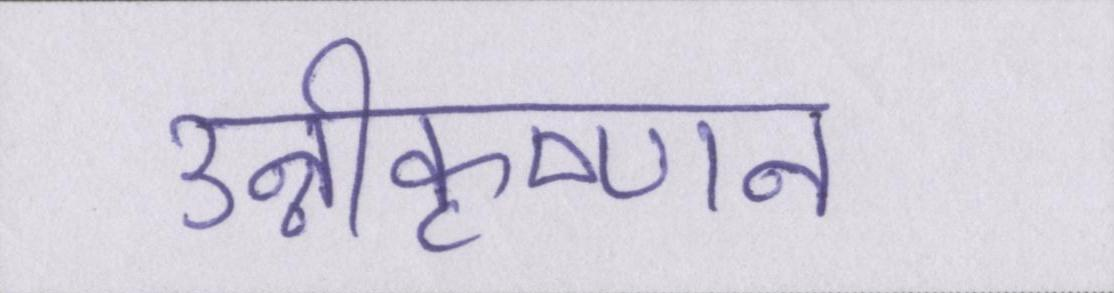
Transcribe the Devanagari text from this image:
उन्नीकृष्णन